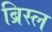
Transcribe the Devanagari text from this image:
ब्रिस्ल